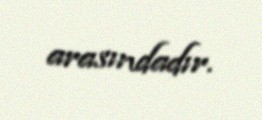
arasındadır.